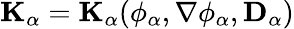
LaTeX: \mathbf{K}_{\alpha}=\mathbf{K}_{\alpha}(\phi_{\alpha},\nabla\phi_{\alpha},\mathbf{D}_{\alpha})